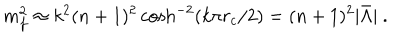
LaTeX: m _ { f } ^ { 2 } \approx k ^ { 2 } ( n + 1 ) ^ { 2 } \cosh ^ { - 2 } ( k \pi r _ { c } / 2 ) = ( n + 1 ) ^ { 2 } | \bar { \Lambda } | \ .